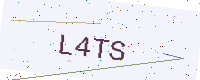
Text: L4TS